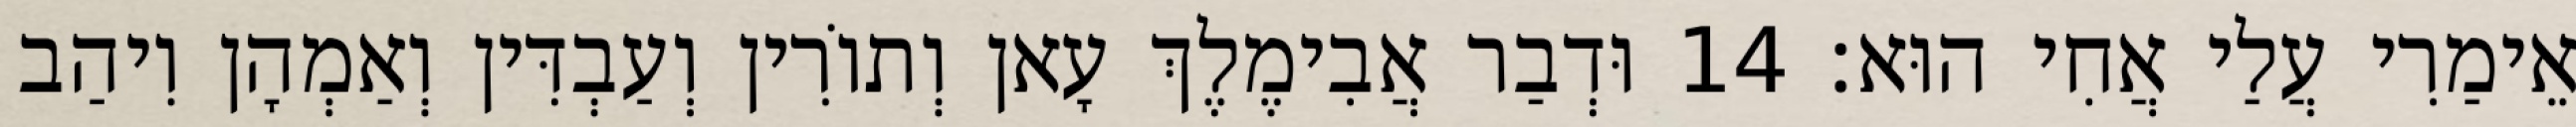
אֵימַרִי עֲלַי אֲחִי הוּא׃ 14 וּדְבַר אֲבִימֶלֶךְ עָאן וְתוֹרִין וְעַבְדִּין וְאַמְהָן וִיהַב